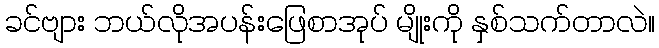
ခင်ဗျား ဘယ်လိုအပန်းဖြေစာအုပ် မျိုးကို နှစ်သက်တာလဲ။